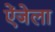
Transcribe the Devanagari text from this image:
ऐंजेला